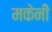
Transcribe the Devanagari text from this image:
मकेनी